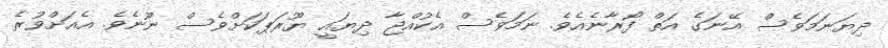
ދިޔަނަމަވެސް އޭނަގެ އަތް ފޯރާނެއެވެ. ނަމަވެސް އެކުއްޖާ ދިޔައީ ޔޫރަޕަކަށްވެސް ނޫނެވެ. އެއަށްވުރެ